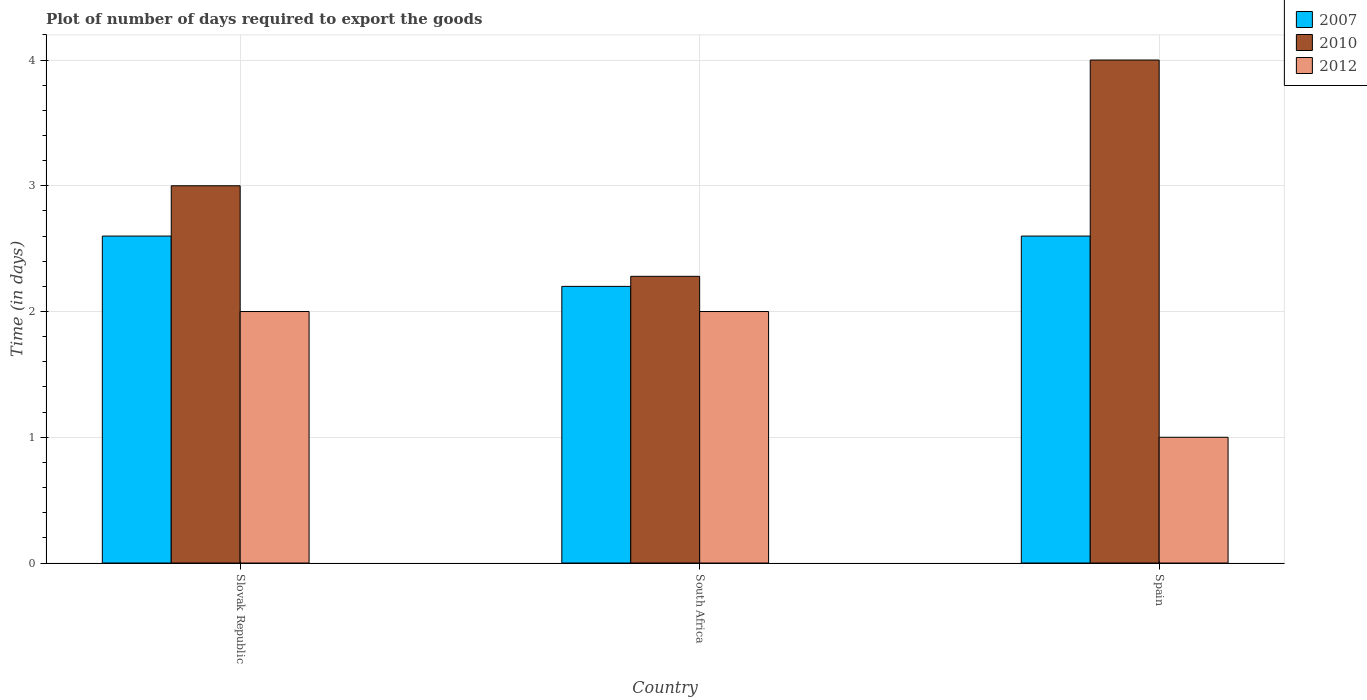
| Country | 2007 | 2010 | 2012 |
 | --- | --- | --- | --- |
 | Slovak Republic | 2.6 | 3 | 2 |
 | South Africa | 2.2 | 2.28 | 2 |
 | Spain | 2.6 | 4 | 1 |